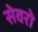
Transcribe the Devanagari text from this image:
सेवरो